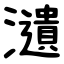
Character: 瀢